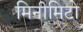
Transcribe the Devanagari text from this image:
मिनीमिटो